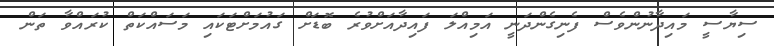
ސިޔާސީ މައިދާނުންވެސް ފެނިގެންދަނީ އަމިއްލަ ފައިދާއަށްވުރެ ބޮޑަށް ގައުމަށްޓަކައި މަސައްކަތް ކުރައްވާ ތަން